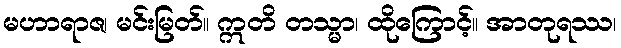
မဟာရာဇ၊ မင်းမြတ်။ ဣတိ တသ္မာ၊ ထိုကြောင့်။ အာတုရဿ၊